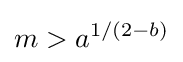
m>a^{1/(2-b)}